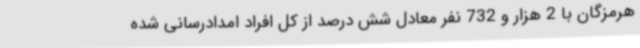
هرمزگان با 2 هزار و 732 نفر معادل شش درصد از کل افراد امدادرسانی شده